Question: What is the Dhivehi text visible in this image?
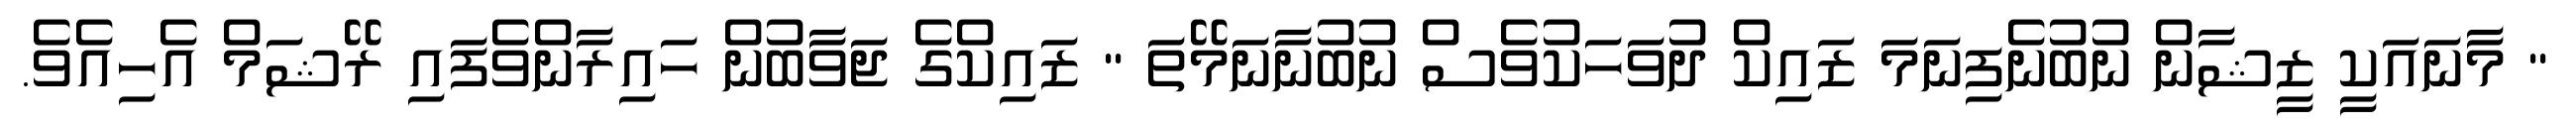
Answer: " މާނައަކީ ޒީޝާން ނުބުނެފިނަމަ ޒައިކް ދުވަހަކުވެސް ނުބުނާނަމޭތަ " ޒައިކްގެ ޖަވާބުން ހައިރާންވެފައި ރޭޝަމް އެހިއެވެ.